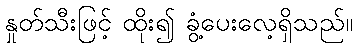
နှုတ်သီးဖြင့် ထိုး၍ ခွံ့ပေးလေ့ရှိသည်။